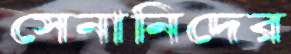
সেনানিদের